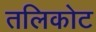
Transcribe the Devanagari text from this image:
तलिकोट